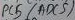
Text: ADC5